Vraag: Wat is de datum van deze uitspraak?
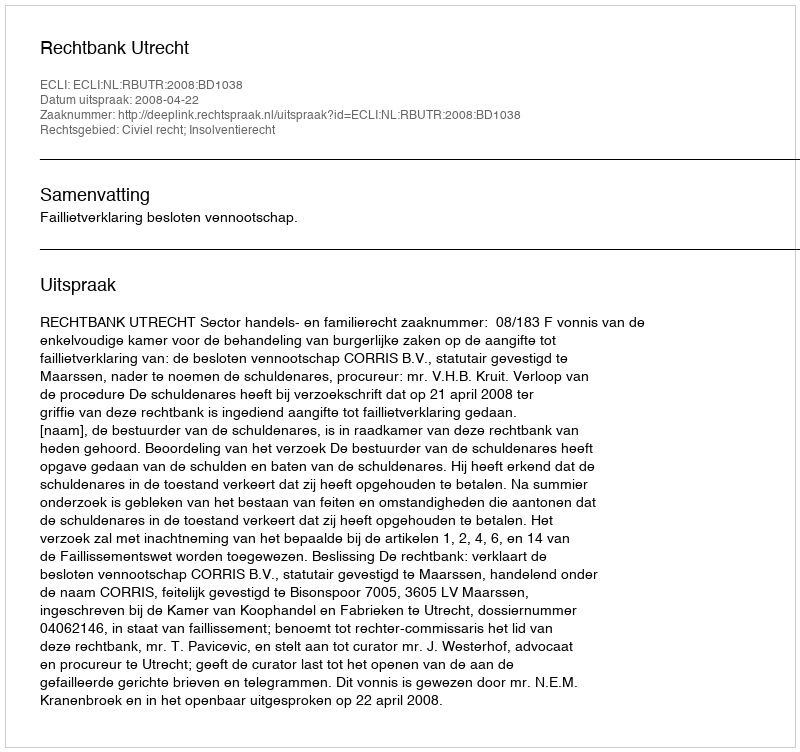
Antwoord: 2008-04-22